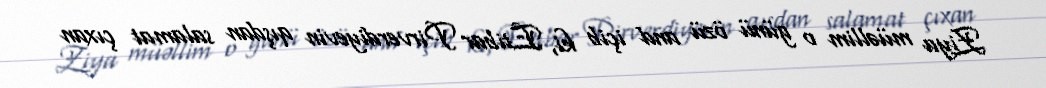
Ziya müəllim o günü özü and içib ki, Etibar Pirverdiyevin qışdan salamat çıxan